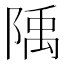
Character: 𨺲